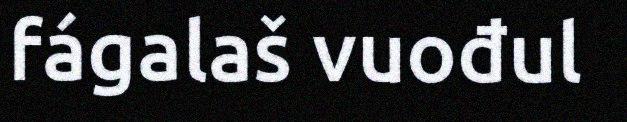
fágalaš vuođul